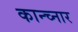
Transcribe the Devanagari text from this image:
कान्च्नार